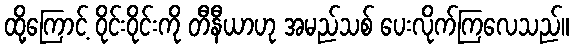
ထို့ကြောင့် ဝိုင်းဝိုင်းကို တီနီယာဟု အမည်သစ် ပေးလိုက်ကြလေသည်။